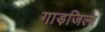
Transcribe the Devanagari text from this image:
गाड़जिला